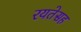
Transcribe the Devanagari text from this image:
रयतेसह